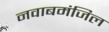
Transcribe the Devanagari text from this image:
नवाबमंजिल